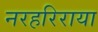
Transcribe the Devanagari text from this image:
नरहरिराया